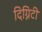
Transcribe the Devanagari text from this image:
दिग्निटी